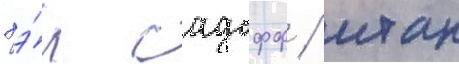
хэ́л садофф / итан